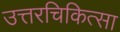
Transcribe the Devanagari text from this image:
उत्तरचिकित्सा